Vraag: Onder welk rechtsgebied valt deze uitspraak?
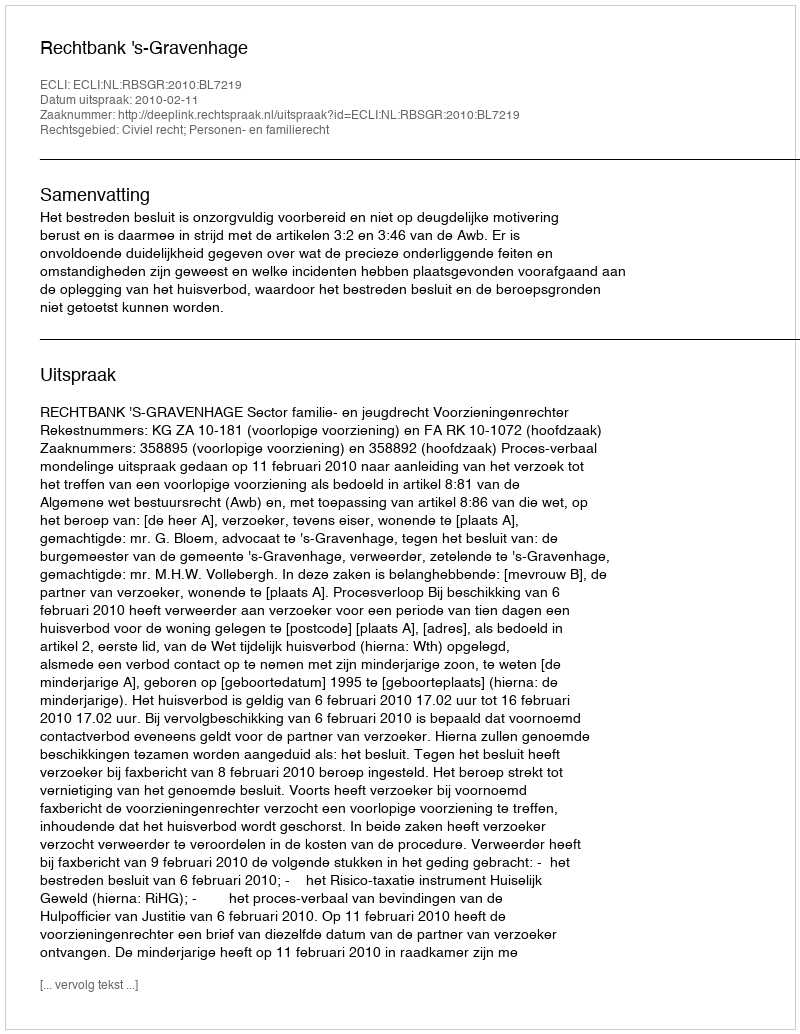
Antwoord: Civiel recht; Personen- en familierecht